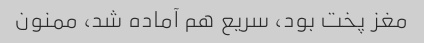
مغز پخت بود، سریع هم آماده شد، ممنون